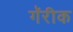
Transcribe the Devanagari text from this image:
गॅरीक